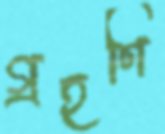
গ্রহণি